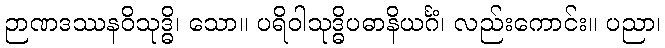
ဉာဏဒဿနဝိသုဒ္ဓိ၊ သော။ ပရိဝါသုဒ္ဓိပဓာနိယင်္ဂံ၊ လည်းကောင်း။ ပညာ၊